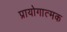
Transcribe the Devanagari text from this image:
प्रायोगात्मक